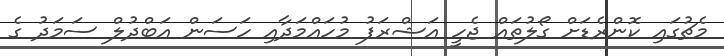
މެޗުގައި ކޮންރެޑަށް ގޯލުތައް ޖެހީ އަޝްރަފު މުހައްމަދާއި ހަސަން އަބްދުލް ސަމަދު ގެ